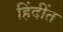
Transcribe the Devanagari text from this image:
हिंदींत